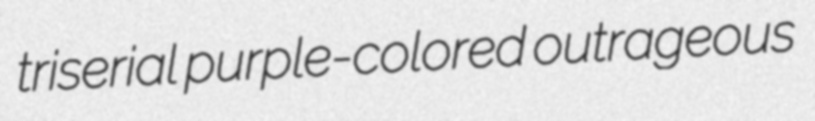
triserial purple-colored outrageous